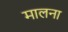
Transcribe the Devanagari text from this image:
मालना